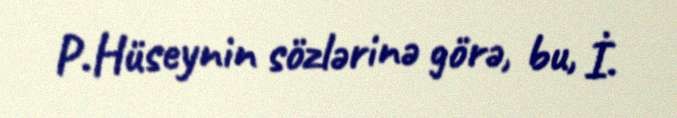
P.Hüseynin sözlərinə görə, bu, İ.